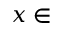
x \in